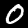
Label: 0